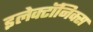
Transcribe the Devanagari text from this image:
इलेक्टॉनिक्स